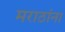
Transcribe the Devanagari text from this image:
मराठांना